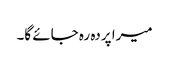
میرا پردہ رہ جائے گا۔